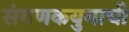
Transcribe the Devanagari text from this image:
संगणकयुगाची